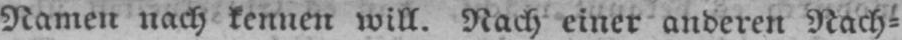
Namen nach kennen will. Nach einer anderen Nach⸗